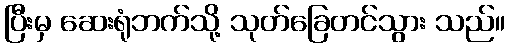
ပြီးမှ ဆေးရုံဘက်သို့ သုတ်ခြေတင်သွား သည်။